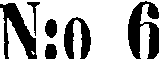
N:o 6